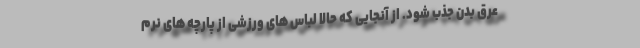
عرق بدن جذب شود. از آنجایی که حالا لباس های ورزشی از پارچه های نرم